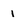
Character: i